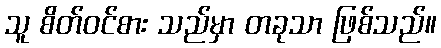
သူ စိတ်ဝင်စား သည်မှာ တခုသာ ဖြစ်သည်။